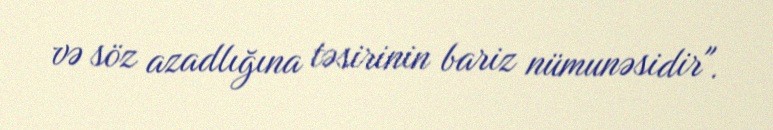
və söz azadlığına təsirinin bariz nümunəsidir".